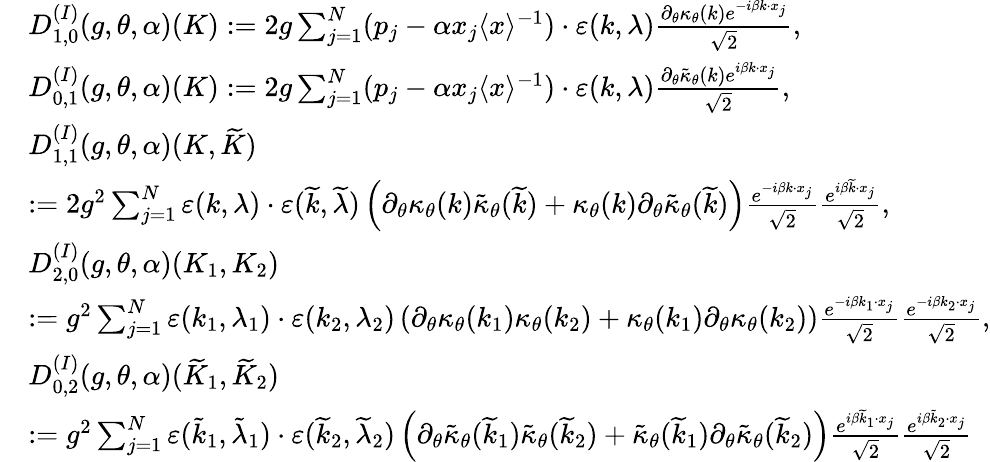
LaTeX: \begin{array}{rl}&{D_{1,0}^{(I)}(g,\theta,\alpha)(K):=2g\sum_{j=1}^{N}(p_{j}-\alpha x_{j}\langle x\rangle^{-1})\cdot\varepsilon(k,\lambda)\frac{\partial_{\theta}\kappa_{\theta}(k)e^{-i\beta k\cdot x_{j}}}{\sqrt{2}},}\\ &{D_{0,1}^{(I)}(g,\theta,\alpha)(K):=2g\sum_{j=1}^{N}(p_{j}-\alpha x_{j}\langle x\rangle^{-1})\cdot\varepsilon(k,\lambda)\frac{\partial_{\theta}\tilde{\kappa}_{\theta}(k)e^{i\beta k\cdot x_{j}}}{\sqrt{2}},}\\ &{D_{1,1}^{(I)}(g,\theta,\alpha)(K,\widetilde{K})}\\ &{:=2g^{2}\sum_{j=1}^{N}\varepsilon(k,\lambda)\cdot\varepsilon(\widetilde{k},\widetilde{\lambda})\left(\partial_{\theta}\kappa_{\theta}(k)\tilde{\kappa}_{\theta}(\widetilde{k})+\kappa_{\theta}(k)\partial_{\theta}\tilde{\kappa}_{\theta}(\widetilde{k})\right)\frac{e^{-i\beta k\cdot x_{j}}}{\sqrt{2}}\frac{e^{i\beta\widetilde{k}\cdot x_{j}}}{\sqrt{2}},}\\ &{D_{2,0}^{(I)}(g,\theta,\alpha)(K_{1},K_{2})}\\ &{:=g^{2}\sum_{j=1}^{N}\varepsilon(k_{1},\lambda_{1})\cdot\varepsilon({k}_{2},{\lambda}_{2})\left(\partial_{\theta}\kappa_{\theta}(k_{1})\kappa_{\theta}(k_{2})+\kappa_{\theta}(k_{1})\partial_{\theta}\kappa_{\theta}(k_{2})\right)\frac{e^{-i\beta k_{1}\cdot x_{j}}}{\sqrt{2}}\frac{e^{-i\beta k_{2}\cdot x_{j}}}{\sqrt{2}},}\\ &{D_{0,2}^{(I)}(g,\theta,\alpha)(\widetilde{K}_{1},\widetilde{K}_{2})}\\ &{:=g^{2}\sum_{j=1}^{N}\varepsilon(\tilde{k}_{1},\tilde{\lambda}_{1})\cdot\varepsilon(\widetilde{k}_{2},\widetilde{\lambda}_{2})\left(\partial_{\theta}\tilde{\kappa}_{\theta}(\widetilde{k}_{1})\tilde{\kappa}_{\theta}(\widetilde{k}_{2})+\tilde{\kappa}_{\theta}(\widetilde{k}_{1})\partial_{\theta}\tilde{\kappa}_{\theta}(\widetilde{k}_{2})\right)\frac{e^{i\beta\widetilde{k}_{1}\cdot x_{j}}}{\sqrt{2}}\frac{e^{i\beta\tilde{k}_{2}\cdot x_{j}}}{\sqrt{2}}}\end{array}